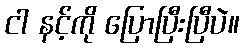
ငါ နင့်ကို ပြောပြီးပြီပဲ။